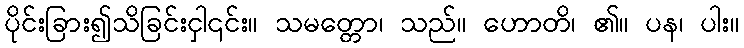
ပိုင်းခြား၍သိခြင်းငှါ၎င်း။ သမတ္တော၊ သည်။ ဟောတိ၊ ၏။ ပန၊ ပါး။